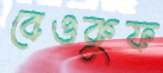
বেওকুফ